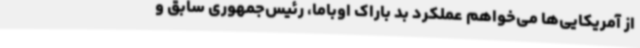
از آمریکایی‌ها می‌خواهم عملکرد بد باراک اوباما، رئیس‌جمهوری سابق و